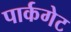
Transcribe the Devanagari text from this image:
पार्कगेट